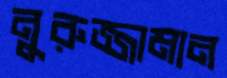
নুরুজ্জামান